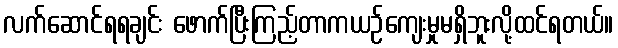
လက်ဆောင်ရရချင်း ဖောက်ပြီးကြည့်တာကယဉ်ကျေးမှုမရှိဘူးလို့ထင်ရတယ်။